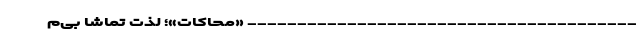
--------------------------------------- «مُحاکات»؛ لذت تماشا بی‌م